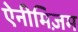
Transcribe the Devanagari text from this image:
ऐनीमिज़म